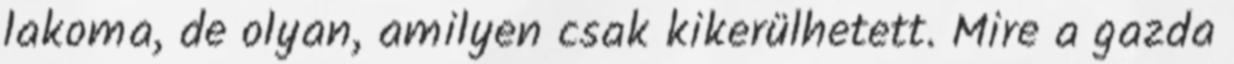
lakoma, de olyan, amilyen csak kikerülhetett. Mire a gazda